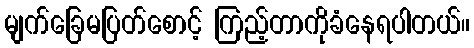
မျက်ခြေမပြတ်စောင့် ကြည့်တာကိုခံနေရပါတယ်။